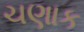
ચણાક